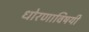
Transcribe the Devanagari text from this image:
धोरणाविषयी